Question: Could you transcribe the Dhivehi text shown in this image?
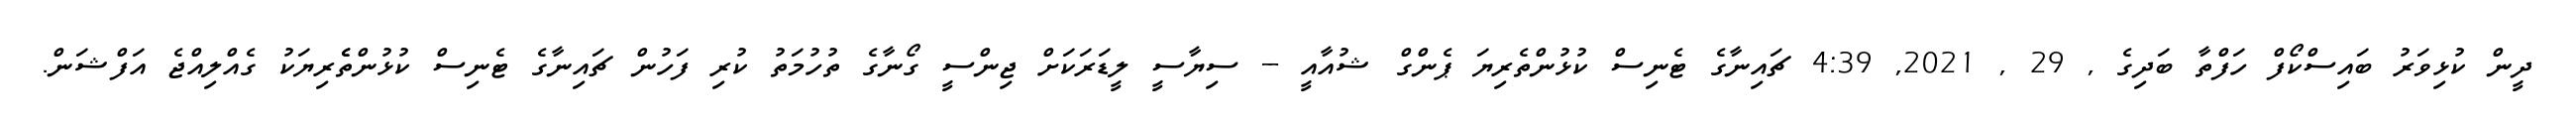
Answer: ދީން ކުޅިވަރު ބައިސްކޯފް ހަފްތާ ބަދިގެ , 29 , 2021, 4:39 ޗައިނާގެ ޓެނިސް ކުޅުންތެރިޔަ ޕެންގް ޝުއާއީ -- ސިޔާސީ ލީޑަރަކަށް ޖިންސީ ގޯނާގެ ތުހުމަތު ކުރި ފަހުން ޗައިނާގެ ޓެނިސް ކުޅުންތެެރިޔަކު ގެއްލިއްޖެ އަފްޝަން.